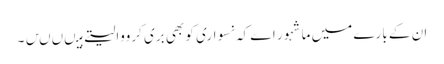
ان کے بارے میں ماشہور اے کہ نسواری کو بھی بری کرووالیتے ہیںںںں۔